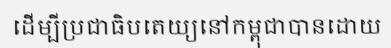
ដើម្បីប្រជាធិបតេយ្យនៅកម្ពុជាបានដោយ